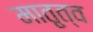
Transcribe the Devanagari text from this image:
मातृ्त्व